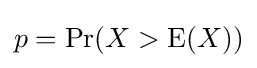
p=\Pr(X>\operatorname {E} (X))